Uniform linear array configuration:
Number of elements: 32
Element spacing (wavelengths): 1
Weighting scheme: blackman
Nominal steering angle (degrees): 0
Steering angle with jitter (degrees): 1.401
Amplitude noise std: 0.05
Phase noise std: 0.05

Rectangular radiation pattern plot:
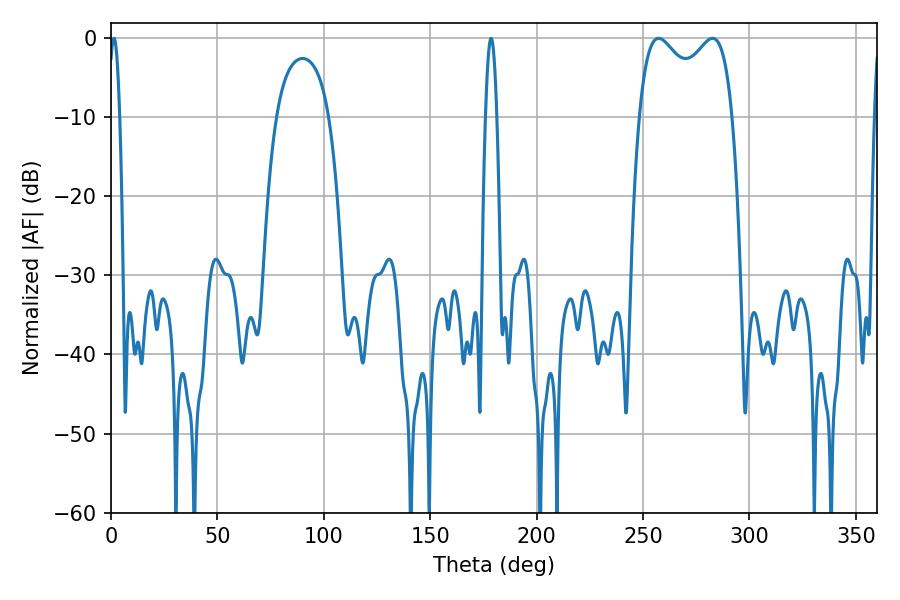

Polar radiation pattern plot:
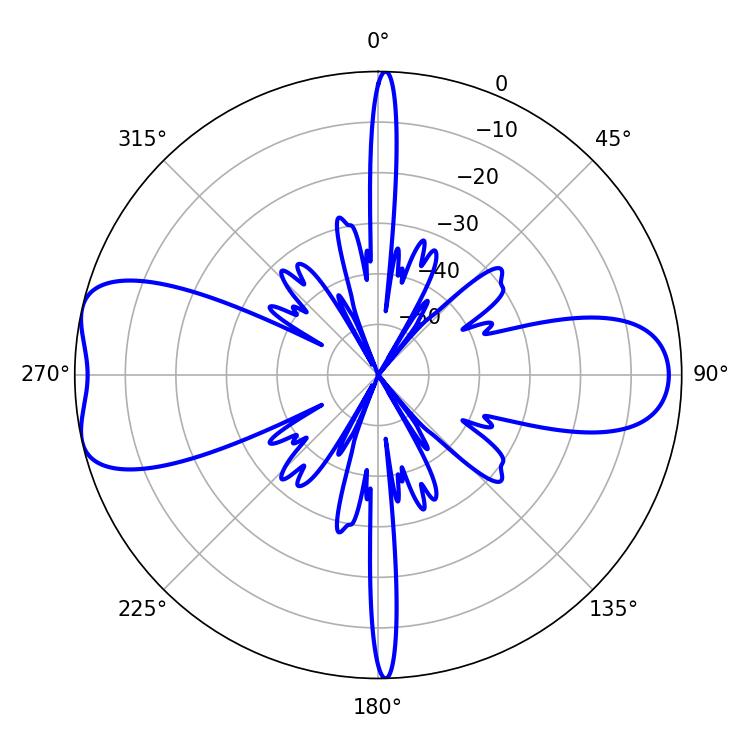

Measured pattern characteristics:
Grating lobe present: TRUE
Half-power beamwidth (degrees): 36.36
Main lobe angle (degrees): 257.4